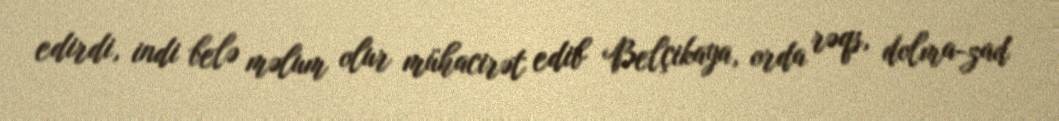
edirdi, indi belə məlum olur mühacirət edib Belçikaya, orda rəqs, dolma-zad